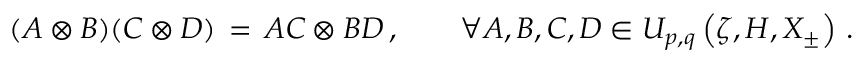
( A \otimes B ) ( C \otimes D ) \, = \, A C \otimes B D \, , \qquad \forall A , B , C , D \in U _ { p , q } \left( \zeta , H , X _ { \pm } \right) \, .